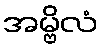
အမ္ဗိလံ